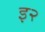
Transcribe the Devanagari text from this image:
इ२